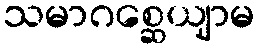
သမာဂစ္ဆေယျာမ